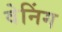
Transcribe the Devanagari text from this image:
वेनिंग